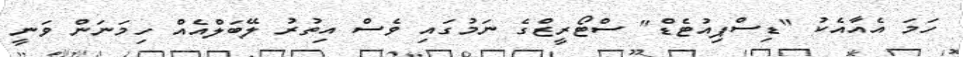
ހަމަ އެއާއެކު "ޑިސްޕިއުޓެޑް" ސްޓޯރީޒްގެ ނަމުގައި ވެސް އިތުރު ލޭބަލްއެއް ހިމަނަން ވަނީ